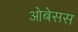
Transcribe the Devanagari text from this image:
ओबेसस